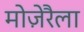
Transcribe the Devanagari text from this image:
मोज़ेरैला